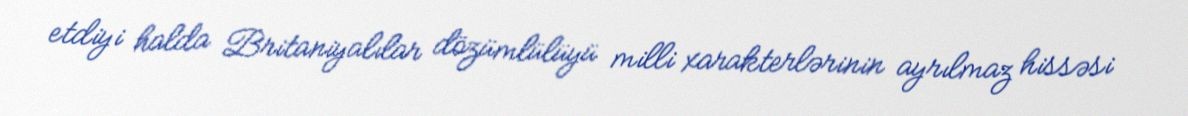
etdiyi halda Britaniyalılar dözümlülüyü milli xarakterlərinin ayrılmaz hissəsi